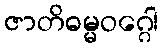
ဇာတိဓမ္မဝဂ္ဂေါ